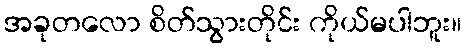
အခုတလော စိတ်သွားတိုင်း ကိုယ်မပါဘူး။